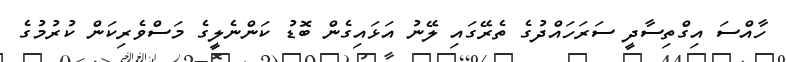
ހާއްސަ އިގްތިސާދީ ސަރަހައްދުގެ ތެރޭގައި ލޭނު އަޅައިގެން ބޮޑު ކަންނެލީގެ މަސްވެރިކަން ކުރުމުގެ